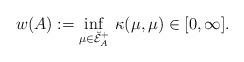
LaTeX: \begin{align*}w(A):=\inf_{\mu\in\breve{\mathcal E}^+_A}\,\kappa(\mu,\mu)\in[0,\infty].\end{align*}